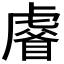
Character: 𧇗